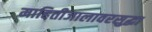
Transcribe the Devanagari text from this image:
माहितीजालावरसुद्धा